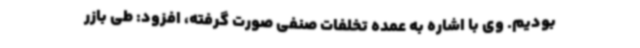
بودیم. وی با اشاره به عمده تخلفات صنفی صورت گرفته، افزود: طی بازر